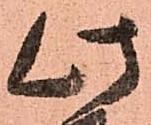
此